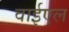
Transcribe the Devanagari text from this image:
वाईएल